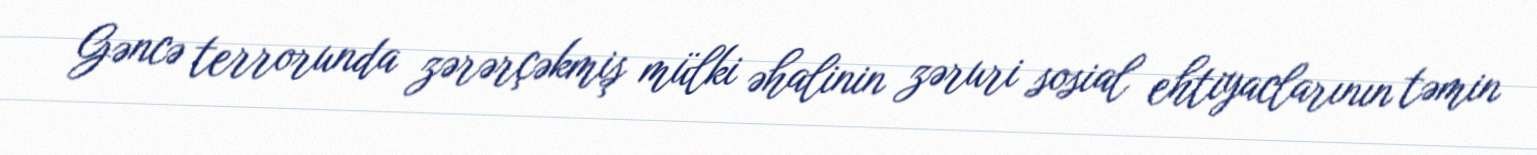
Gəncə terrorunda zərərçəkmiş mülki əhalinin zəruri sosial ehtiyaclarının təmin